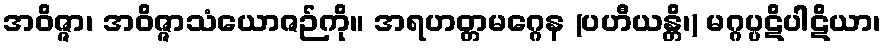
အဝိဇ္ဇာ၊ အဝိဇ္ဇာသံယောဇဉ်ကို။ အရဟတ္တမဂ္ဂေန (ပဟီယန္တိ၊) မဂ္ဂပ္ပဋိပါဋိယာ၊